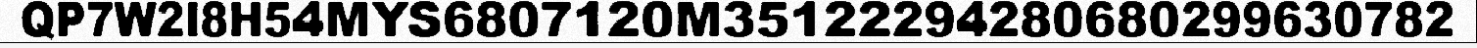
QP7W2I8H54MYS6807120M35122294280680299630782